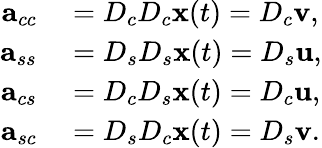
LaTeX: \begin{array}{rl}{\mathbf{a}_{cc}}&{{}=D_{c}D_{c}\mathbf{x}(t)=D_{c}{\mathbf v},}\\ {\mathbf{a}_{ss}}&{{}=D_{s}D_{s}\mathbf{x}(t)=D_{s}{\mathbf u},}\\ {\mathbf{a}_{cs}}&{{}=D_{c}D_{s}\mathbf{x}(t)=D_{c}{\mathbf u},}\\ {\mathbf{a}_{sc}}&{{}=D_{s}D_{c}\mathbf{x}(t)=D_{s}{\mathbf v}.}\end{array}